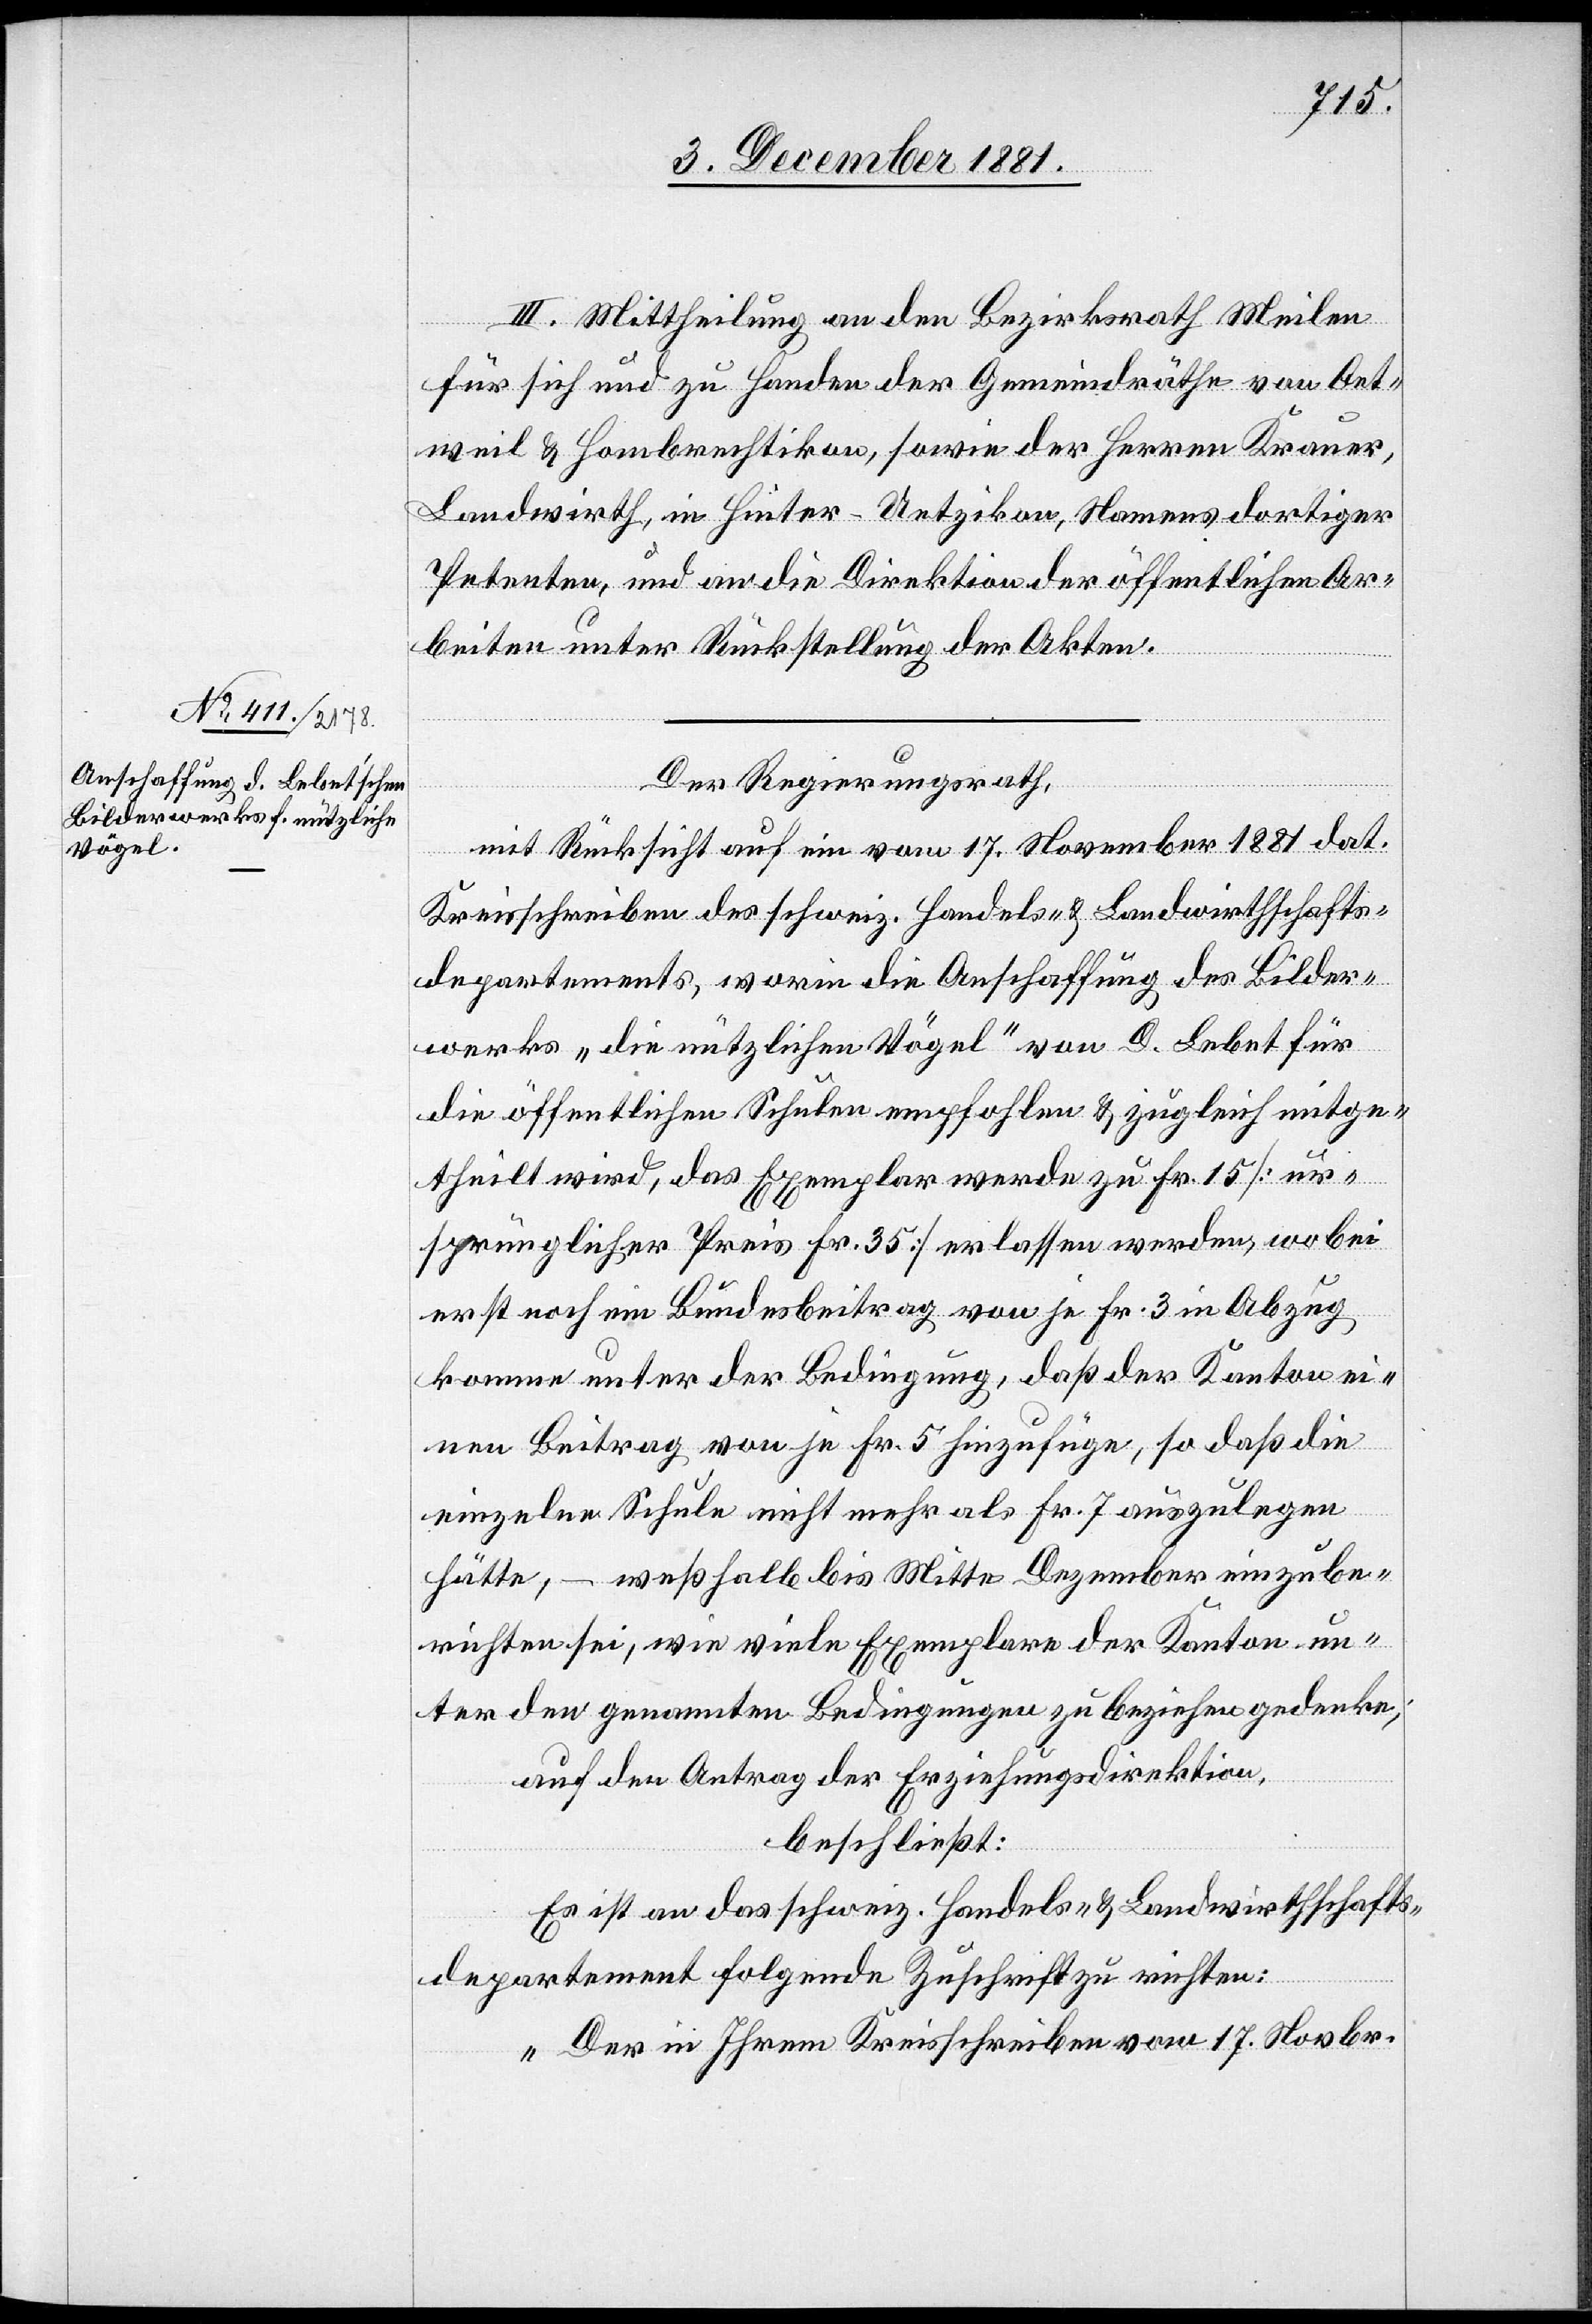
III. Mittheilung an den Bezirksrath Meilen
für sich und zu Handen der Gemeindräthe von Oet¬
weil & Hombrechtikon, sowie der Herren Krauer,
Landwirth, in Hinter-Uetzikon, Namens dortiger
Petenten, und an die Direktion der öffentlichen Ar¬
beiten unter Rückstellung der Akten.
Der Regierungsrath,
mit Rücksicht auf ein vom 17. November 1881 dat.
Kreisschreiben des schweiz. Handels- & Landwirthschafts¬
departement, worin die Anschaffung des Bilder¬
werks „die nützlichen Vögel“ von A. Lebet für
die öffentlichen Schulen empfohlen & zugleich mitge¬
theilt wird, das Exemplar werde zu Fr. 15 [ur¬
sprünglicher Preis Fr. 35] erlassen werden, wobei
erst noch ein Bundesbeitrag von je Fr. 3 in Abzug
komme unter der Bedingung, daß der Kanton ei¬
nen Beitrag von je Fr. 5 hinzufüge, so daß die
einzelne Schule nicht mehr als Fr. 7 auszulegen
hätte, – weßhalb bis Mitte Dezember einzube¬
richten sei, wie viele Exemplare der Kanton un¬
ter den genannten Bedingungen zu beziehen gedenke;
auf den Antrag der Erziehungsdirektion,
beschließt:
Es ist an das schweiz. Handels- & Landwirthschafts¬
departement folgende Zuschrift zu richten:
„Der in Ihrem Kreisschreiben vom 17. Novbr.